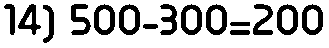
14) 500-300=200